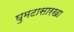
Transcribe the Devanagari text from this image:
घुमटासारखा